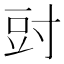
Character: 𭔰